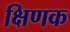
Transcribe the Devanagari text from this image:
क्षिणक